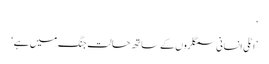
‘
’اٹلی انسانی سمگلروں کے ساتھ حالتِ جنگ میں ہے‘